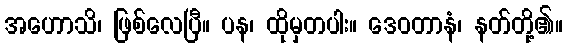
အဟောသိ၊ ဖြစ်လေပြီ။ ပန၊ ထိုမှတပါး။ ဒေဝတာနံ၊ နတ်တို့၏။